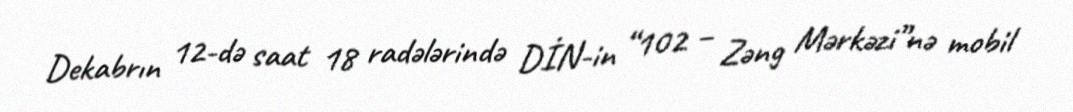
Dekabrın 12-də saat 18 radələrində DİN-in “102 – Zəng Mərkəzi”nə mobil